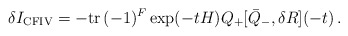
\begin{align*}\delta I_{\rm CFIV} = - {\rm tr} \, (-1)^{F} \exp(-tH)Q_+ [\bar{Q}_-, \delta R ](-t) \,.\end{align*}